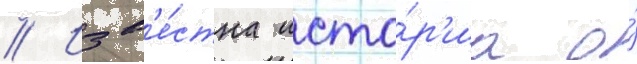
// Изв'е́стна исто́р'иа о́